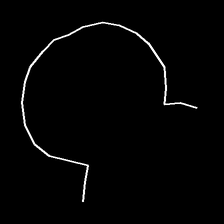
Glyph: weave